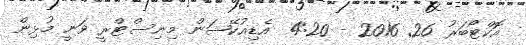
އޮކްޓޯބަރު 26